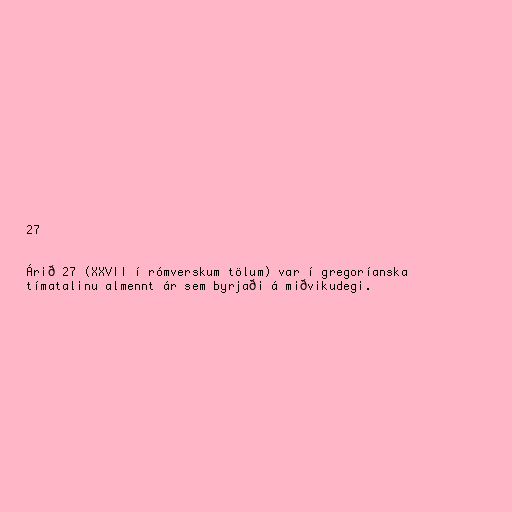
27

Árið 27 (XXVII í rómverskum tölum) var í gregoríanska
tímatalinu almennt ár sem byrjaði á miðvikudegi.